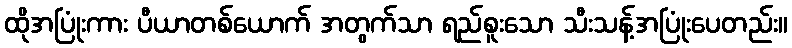
ထိုအပြုံးကား ပီယာတစ်ယောက် အတွက်သာ ရည်စူးသော သီးသန့်အပြုံးပေတည်း။